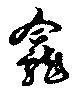
龕